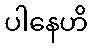
ပါနေဟိ